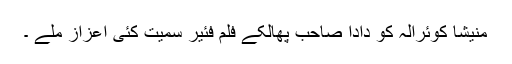
منیشا کوئرالہ کو دادا صاحب پھالکے فلم فئیر سمیت کئی اعزاز ملے ۔